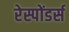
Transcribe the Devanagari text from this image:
रेस्पोंडर्स